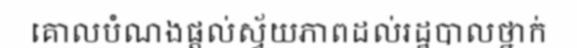
គោលបំណងផ្តល់ស្វ័យភាពដល់រដ្ឋបាលថ្នាក់